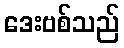
ဒေးဗစ်သည်